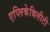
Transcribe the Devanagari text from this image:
एप्लिकेबिलीटी